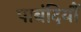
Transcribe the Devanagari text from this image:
पाबंदियौं